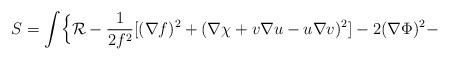
LaTeX: \begin{align*}S=\int\Bigl\{{\cal R}-\frac{1}{2f^2}[(\nabla f)^2+(\nabla\chi +v\nabla u-u\nabla v)^2]-2(\nabla\Phi )^2-\end{align*}